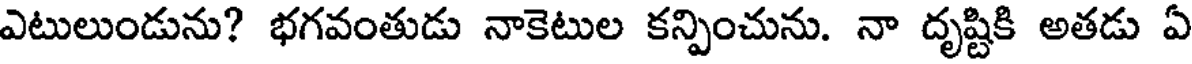
ఎటులుండును? భగవంతుడు నాకెటుల కన్పించును. నా దృష్టికి అతడు ఏ